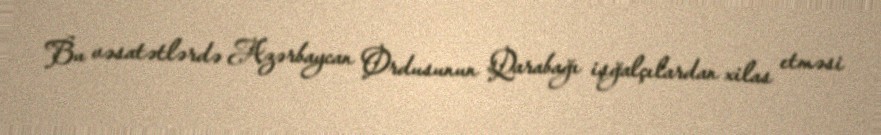
Bu vəsatətlərdə Azərbaycan Ordusunun Qarabağı işğalçılardan xilas etməsi